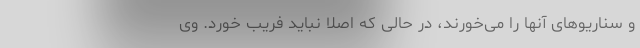
و سناریوهای آنها را می‌خورند، در حالی که اصلاً نباید فریب خورد. وی